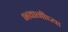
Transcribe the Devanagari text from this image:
भवानीच्या